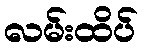
လမ်းထိပ်